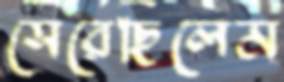
সেরেছিলেম